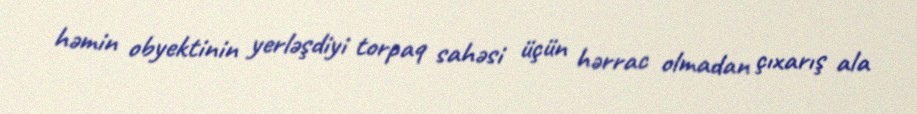
həmin obyektinin yerləşdiyi torpaq sahəsi üçün hərrac olmadan çıxarış ala